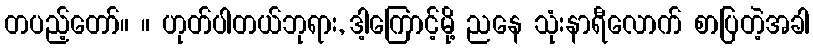
တပည့်တော်။ ။ ဟုတ်ပါတယ်ဘုရား, ဒါ့ကြောင့်မို့ ညနေ သုံးနာရီလောက် စာပြတဲ့အခါ